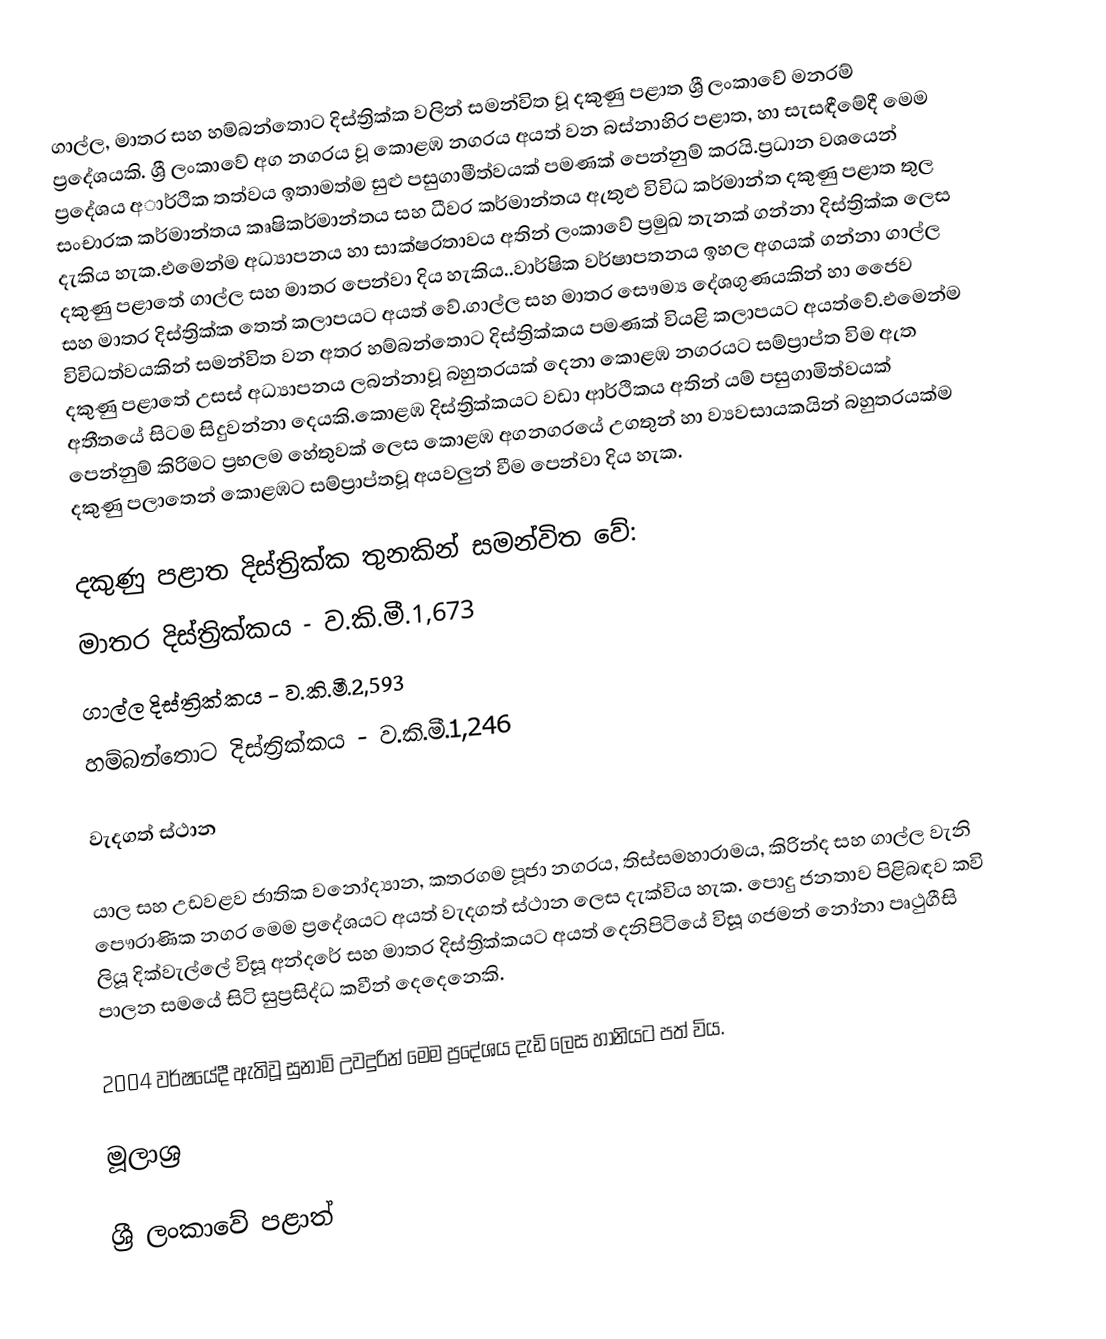
ගාල්ල, මාතර සහ හම්බන්තොට දිස්ත්‍රික්ක වලින් සමන්විත වූ දකුණු පළාත ශ්‍රී ලංකාවේ මනරම් ප්‍රදේශයකි. ශ්‍රී ලංකාවේ අග නගරය වූ කොළඹ නගරය අයත් වන බස්නාහිර පළාත, හා සැසඳීමේදී මෙම ප්‍රදේශය අාර්ථික තත්වය ඉතාමත්ම සුළු පසුගාමීත්වයක් පමණක් පෙන්නුම්  කරයි.ප්‍රධාන වශයෙන් සංචාරක කර්මාන්තය කෘෂිකර්මාන්තය සහ ධීවර කර්මාන්තය ඇතුළු විවිධ කර්මාන්ත දකුණු පළාත තුල දැකිය හැක.එමෙන්ම අධ්‍යාපනය හා සාක්ෂරතාවය අතින් ලංකාවේ ප්‍රමුඛ තැනක් ගන්නා දිස්ත්‍රික්ක ලෙස දකුණු පළාතේ ගාල්ල සහ මාතර පෙන්වා දිය හැකිය..වාර්ෂික වර්ෂාපතනය ඉහල අගයක් ගන්නා ගාල්ල සහ මාතර දිස්ත්‍රික්ක තෙත් කලාපයට අයත් වේ.ගාල්ල සහ මාතර සෞම්‍ය  දේශගුණයකින් හා ජෛව විවිධත්වයකින් සමන්විත වන අතර හම්බන්තොට දිස්ත්‍රික්කය පමණක් වියළි කලාපයට අයත්වේ.එමෙන්ම දකුණු පළාතේ උසස් අධ්‍යාපනය ලබන්නාවූ බහුතරයක් දෙනා කොළඹ නගරයට සම්ප්‍රාප්ත විම ඇත අතීතයේ සිටම සිදුවන්නා දෙයකි.කොළඹ දිස්ත්‍රික්කයට වඩා ආර්ථිකය අතින් යම් පසුගාමිත්වයක් පෙන්නුම් කිරිමට ප්‍රභලම හේතුවක් ලෙස කොළඹ අගනගරයේ උගතුන් හා ව්‍යවසායකයින් බහුතරයක්ම දකුණු පලාතෙන් කොළඹට සම්ප්‍රාප්තවූ අයවලුන් වීම පෙන්වා දිය හැක.

දකුණු පළාත දිස්ත්‍රික්ක තුනකින් සමන්විත වේ:
මාතර දිස්ත්‍රික්කය - ව.කි.මී.1,673
ගාල්ල දිස්ත්‍රික්කය - ව.කි.මී.2,593
හම්බන්තොට දිස්ත්‍රික්කය - ව.කි.මී.1,246

වැදගත් ස්ථාන

යාල සහ උඩවළව ජාතික වනෝද්‍යාන, කතරගම පූජා නගරය, තිස්සමහාරාමය, කිරින්ද සහ ගාල්ල වැනි පෞරාණික නගර මෙම ප්‍රදේශයට අයත් වැදගත් ස්ථාන ලෙස දැක්විය හැක. පොදු ජනතාව පිළිබඳව කවි ලියූ දික්වැල්ලේ විසූ අන්දරේ සහ මාතර දිස්ත්‍රික්කයට අයත් දෙනිපිටියේ විසූ ගජමන් නෝනා පෘථුගීසි පාලන සමයේ සිටි සුප්‍රසිද්ධ කවීන් දෙදෙනෙකි.

2004 වර්ෂයේදී ඇතිවූ සුනාමි උවදුරින් මෙම ප්‍රදේශය දැඩි ලෙස හානියට පත් විය.

මූලාශ්‍ර

ශ්‍රී ලංකාවේ පළාත්